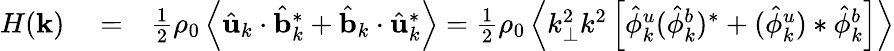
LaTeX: \begin{array}{rlr}{H({\mathbf k})}&{{}=}&{\frac{1}{2}\rho_{0}\left\langle\hat{\mathbf u}_{k}\cdot\hat{\mathbf b}_{k}^{*}+\hat{\mathbf b}_{k}\cdot\hat{\mathbf u}_{k}^{*}\right\rangle=\frac{1}{2}\rho_{0}\left\langle k_{\perp}^{2}k^{2}\left[\hat{\phi}_{k}^{u}(\hat{\phi}_{k}^{b})^{*}+(\hat{\phi}_{k}^{u})*\hat{\phi}_{k}^{b}\right]\right\rangle}\end{array}